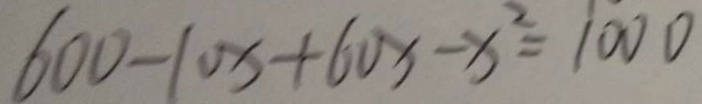
6 0 0 - 1 0 x + 6 0 x - x ^ { 2 } = 1 0 0 0